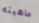
ماهيته